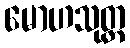
မောဟသုတ္တ